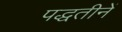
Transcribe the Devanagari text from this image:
पद्धतीनें